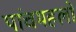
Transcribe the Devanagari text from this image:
पांचमहलों